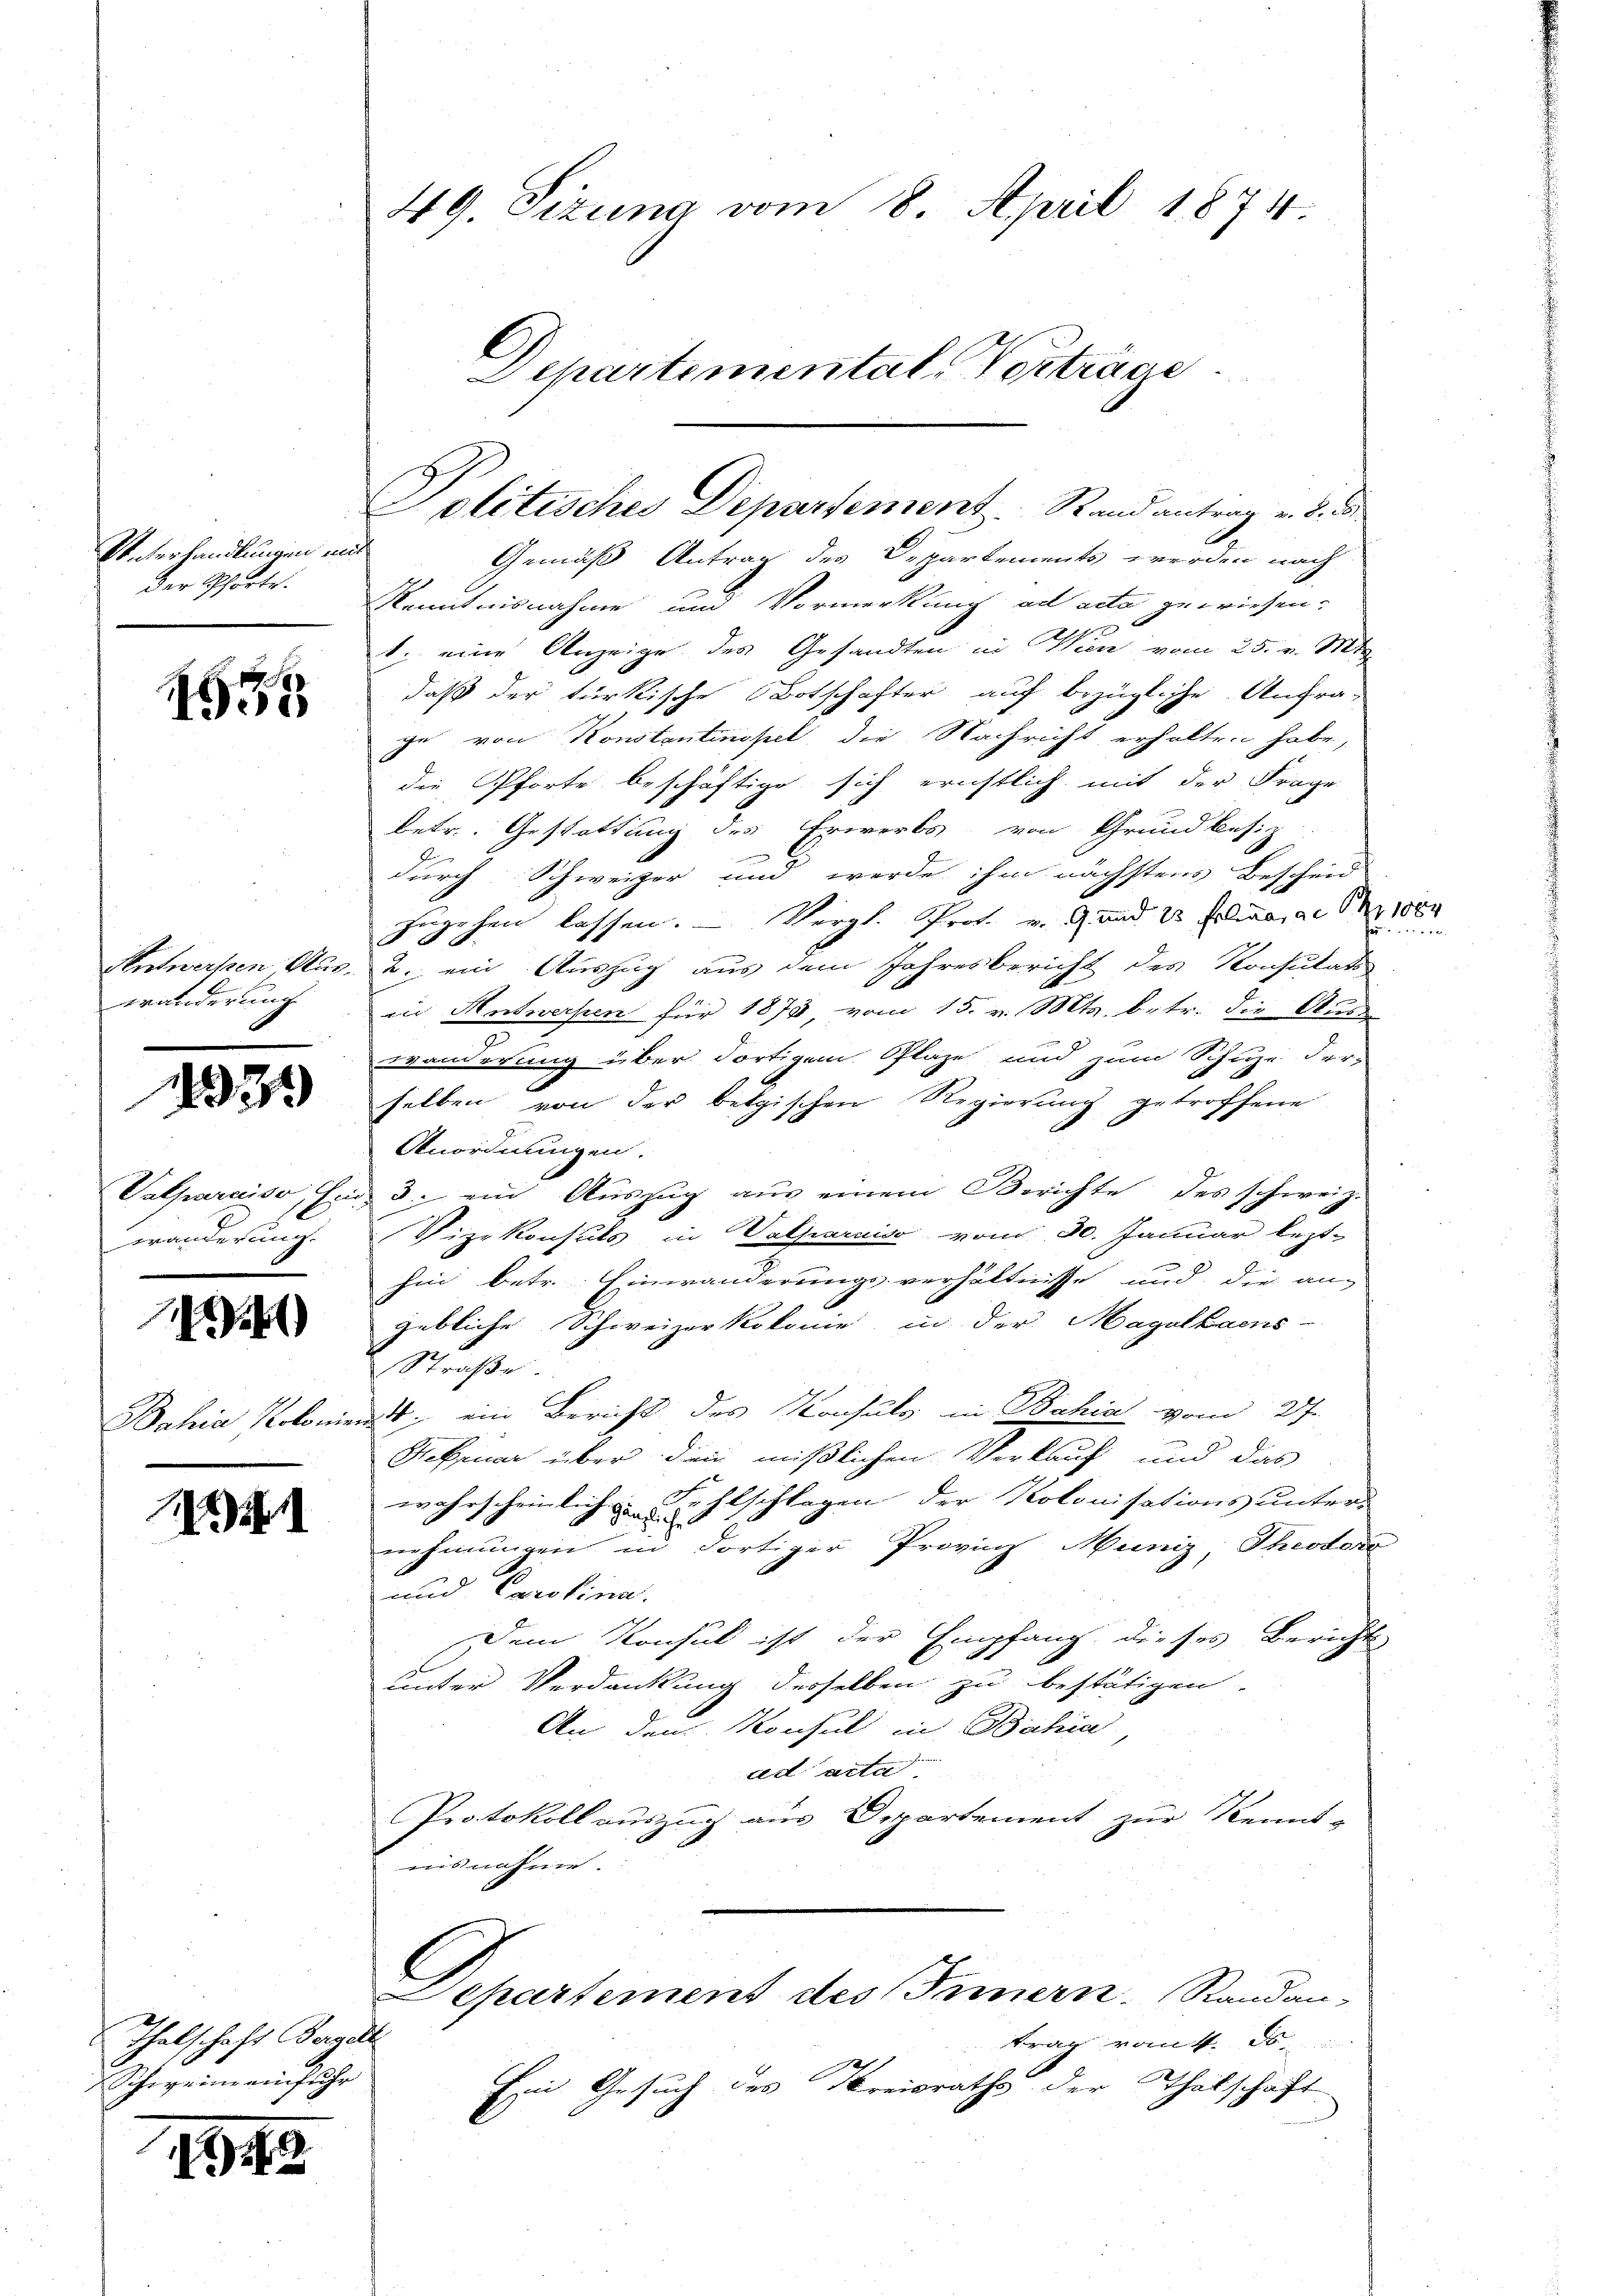
Unterhandlungen mi
der Pforte.

1555

Antworten Auswänderung

495

Valparciiso thu
wanderung.

)

Bahia Kolonien

4

Thalschaft Tagell
Schwein einfuhr

194

49. Sizung vom 8. April 1874
Departementale Vorträge

olitisches Departement. Stand antrag v. d. 10

Gemäß Antrag des Departements werden nach
Kenntnisnahme und Vormerkung ad acta gewiesen.
1. eine Anzeige des Gesandten in Wien vom 25. v. Mts.
daß der türkische Botschafter auf bezügliche Anfra-
ge von Konstantinopel, die Nachricht erhalten habe,
die Pforte beschäftige sich erichtlich mit der Frage
betr. Gestattung des Erwerbs von Grundbesiz
durch Schweizer und werde ihm nächstens Bescheid
zugehen lassen. - Vergl. Prof. v. 9. und 12 felina, ad Nr. 1880
er
2. ein Auszug aus dem Jahresbericht des Konsulat
in Antwerpen für 1875 vom 15. v. Mts. betr. die Auss
wanderung über dortigem Plaze und zum Schuhe der-
selben von der bethischen Regierung getroffene
Anordnungen.
3. ein Auszug aus einem Berichte des schweiz.
Vizekonsuls in Valparnis vom 30. Januar lezt-
hin betr. Einwanderung verhältnisse und die ang
gebliche Schweizerkolonie in der Magalkaens-
Straße.
2; ein Bericht des Konsuls in Bahia vom 27.
Februar über dien mißlichen Verkauf und das
wahrscheinlich u Fehlschlagen der Kolonisations unters
nehmungen in dortiger Provinz Muniz Theodoro
und Carolina.
Dem Konsul ist der Empfang dieses Bericht
unter Verdankung derselben zu bestätigen.
An dem Konsul in Bahia
ad acta
Protokoll auszug aus Departement zur Kennt-
aisnahme.
Departement des Innern. Standan-
trag rout. Es
Ein Gesuch des Kreisrathe der Thalschaft

"